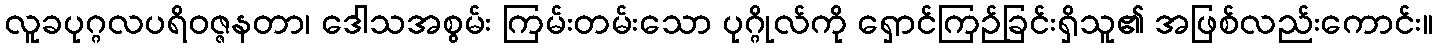
လူခပုဂ္ဂလပရိဝဇ္ဇနတာ၊ ဒေါသအစွမ်း ကြမ်းတမ်းသော ပုဂ္ဂိုလ်ကို ရှောင်ကြဉ်ခြင်းရှိသူ၏ အဖြစ်လည်းကောင်း။